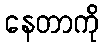
နေတာကို